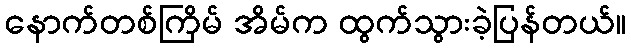
နောက်တစ်ကြိမ် အိမ်က ထွက်သွားခဲ့ပြန်တယ်။